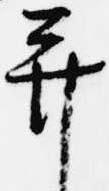
并